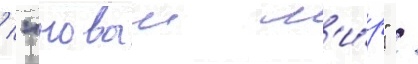
/ "новыи м'и́р" /